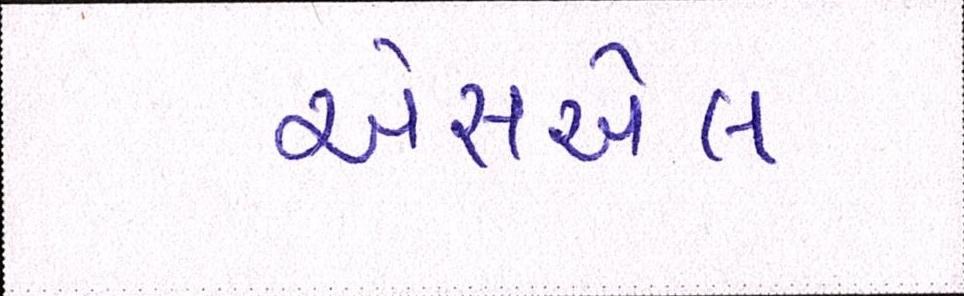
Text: એસએલ